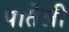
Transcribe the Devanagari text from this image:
पातेली